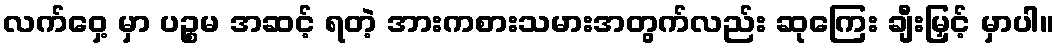
လက်ဝှေ့ မှာ ပဉ္စမ အဆင့် ရတဲ့ အားကစားသမားအတွက်လည်း ဆုကြေး ချီးမြှင့် မှာပါ။